Report of the Indian Hemp Drugs Commission, 1894-1895 - Volume III
Year: 1894
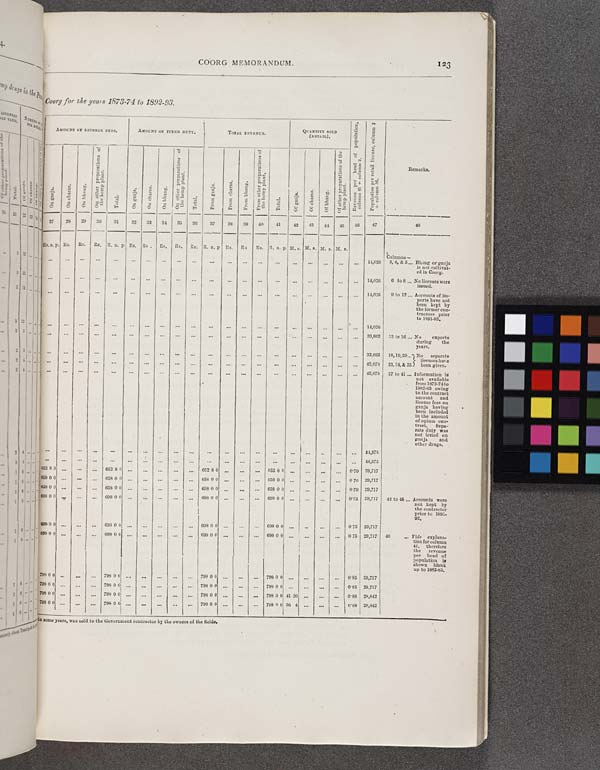
COORG MEMORANDUM.
123
Coorg for the years 1873-74 to 1892-93.
AMOUNT OF LICENSE FEES.
AMOUNT OF FIXED DUTY.
TOTAL REVENUE.
QUANTITY SOLD
(RETAIL).
Revenue per head of population,
column 41 ÷ column 2.
Population per retail license, column 2
÷ column 26.
Remarks.
On ganja.
On charas.
On bhang.
On other preparations of
the hemp plant.
Total.
On ganja.
On charas.
On bhang.
On other preparations of
the hemp plant.
Total.
From ganja.
From charas.
From bhang.
From other preparations of
the hemp plant.
Total.
Of ganja.
Of charas.
Of bhang.
Of other preparations of the
hemp plant.
Revenue per head of population,
column 41 ÷ column 2.
Population per retail license, column 2
÷ column 26.
Remarks.
27 28
29
30
31
32
33
34
35
36
37
38
39
40
41
42
43
44
45
46
47
48
Rs. a. p. Rs.
Rs.
Rs. R. a. p. Rs. Rs.
Rs.
Rs.
Rs. R. a. p Rs.
Rs
Rs. R. a. p. M. s. M. s. M. s. M. s.
14,026
Columns—
3, 4, & 5 Bhang or ganja
is not cultivat-
ed in Coorg.
14,026
6 to 8
No licenses were
issued.
14,026
9 to 12 Accounts of im-
ports have not
been kept by
the former con-
tractors prior
to 1891-92.
14,026
33,662
13 to 16
No
exports
during the
years.
33,662
18,19,20
No separate
licenses have
23,24, & 25 been given.
42,078
18,19,20
No separate
licenses have
23,24, & 25 been given.
42,078
27 to 41 Information is
not available
from 1873-74 to
1882-83 owing
to the contract
amount and
license fees on
ganja having
been included
in the amount
of opium con-
tract.
Sepa-
rate duty was
not levied on
ganja
and
other drugs.
44,575
44,575
3 8 0
652 8 0
652 8 0
652 8 0
0.70 29,717
8 0 0
658 0 0
658 0 0
658 0 0
0 70 29,717
8 0 0
658 0 0
658 0 0
658 0 0
0.70 29,717
8 0 0
698 0 0
698 0 0
698 0 0
0.75 29,717
42 to 45 Accounts were
not kept by
the contractor
prior to 1891-
92.
42 to 45 Accounts were
not kept by
the contractor
prior to 1891-
92.
8 0 0
698 0 0
698 0 0
698 0 0 ...
0.75 29,717
8 0 0
698 0 0
698 0 0
698 0 0 ...
0 75 29,717
46
Vid explana-
tion for column
41, therefore
the
revenue
per head of
population is
shown blank
up to 1882-83.
8 0 0
798 00
798 0 0
798 0 0 ...
0.85 29,717
8 0 0
798 0 0
798 0 0
798 0 0
0.85 29,717
8 0 0
798 0 0
798 0 0
798 0 0 41 20
0.88 28,842
8 0 0
798 0 0
798 0 0
798 0 0 56 4
0.88 28,842
Some years, was sold to the Government contractor by the owners of the fields.